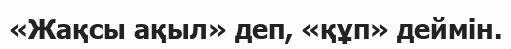
«Жақсы ақыл» деп, «құп» деймін.